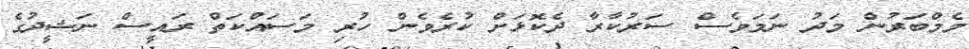
މެމްބަރުން މަދު ނަމަވެސް ސަރުކާރާ ދެކޮޅަށް ކުރެވެން ހުރި މަސައްކަތް ރައީސް ނަޝީދުގެ